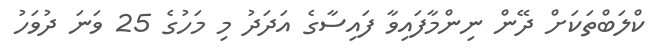
ކްލަބްތަކަށް ދޭން ނިންމާފައިވާ ފައިސާގެ އަދަދު މި މަހުގެ 25 ވަނަ ދުވަހު